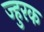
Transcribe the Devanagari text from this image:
ज्हुरक